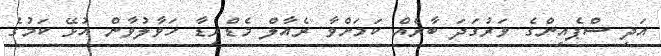
އަދި ސްޕެއިންގެ ވަރުގަދަ ބާރެއް ކަމަށްވާ ރެއާލް މެޑްރިޑާ ހަވާލުވާން އުޅޭ ކަމުގެ